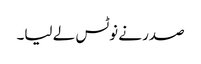
صدر نے نوٹس لے لیا۔